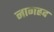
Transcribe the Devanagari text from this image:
नागह्रद